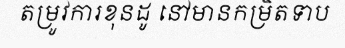
តម្រូវការខុនដូ នៅមានកម្រិតទាប